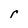
Character: r